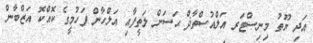
އަދި ޔޫތު މިނިސްޓަރ އަލްއުސްތާޛް ޙަސަން ލަތީފާއި އަލްހާން ފަހުމީގެ ކޮއްކޮ އަޒްބާން